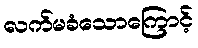
လက်မခံသောကြောင့်